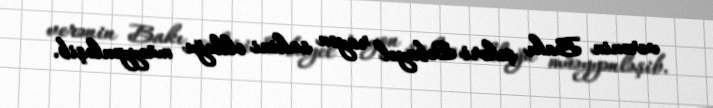
verənin Bakı şəhəri Səbayel rayon sakini olduğu müəyyənləşib.